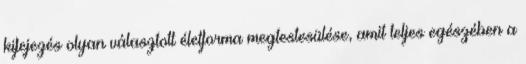
kifejezés olyan választott életforma megtestesülése, amit teljes egészében a